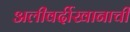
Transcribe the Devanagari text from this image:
अलीवर्दीखानाची